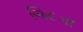
જિદગી